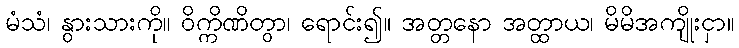
မံသံ၊ နွားသားကို။ ဝိက္ကိဏိတွာ၊ ရောင်း၍။ အတ္တနော အတ္ထာယ၊ မိမိအကျိုးငှာ။